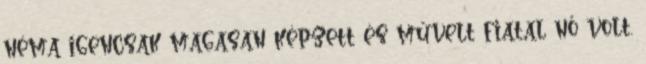
néma igencsak magasan képzett és művelt fiatal nő volt.